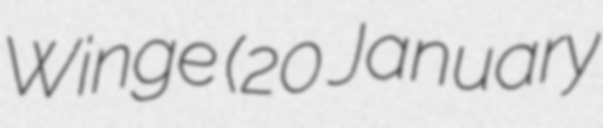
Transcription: Winge (20 January